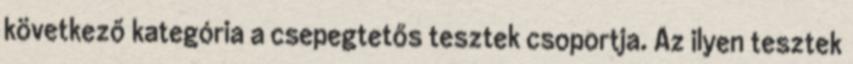
következő kategória a csepegtetős tesztek csoportja. Az ilyen tesztek